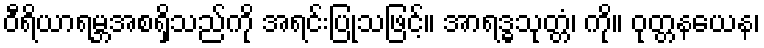
ဝီရိယာရမ္ဘအစရှိသည်ကို အရင်းပြုသဖြင့်။ အာရဒ္ဓသုတ္တံ၊ ကို။ ဝုတ္တနယေန၊